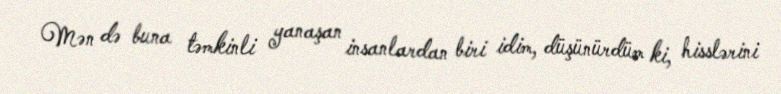
Mən də buna təmkinli yanaşan insanlardan biri idim, düşünürdüm ki, hisslərini